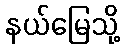
နယ်မြေသို့